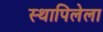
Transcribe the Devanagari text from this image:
स्थापिलेला